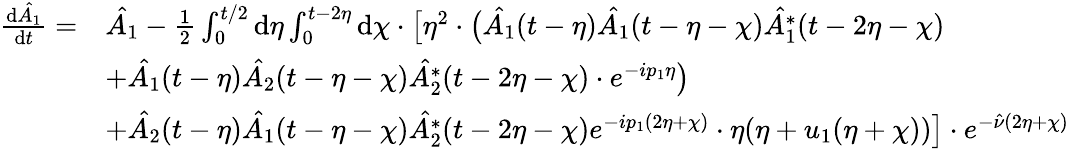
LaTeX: \begin{array}{rl}{\frac{\mathrm{d}\hat{A_{1}}}{\mathrm{d}t}=}&{\hat{A_{1}}-\frac{1}{2}\int_{0}^{t/2}\mathrm{d}\eta\int_{0}^{t-2\eta}\mathrm{d}\chi\cdot\bigl[\eta^{2}\cdot\bigl(\hat{A_{1}}(t-\eta)\hat{A_{1}}(t-\eta-\chi)\hat{A_{1}^{*}}(t-2\eta-\chi)}\\ &{+\hat{A_{1}}(t-\eta)\hat{A_{2}}(t-\eta-\chi)\hat{A_{2}^{*}}(t-2\eta-\chi)\cdot e^{-ip_{1}\eta}\bigr)}\\ &{+\hat{A_{2}}(t-\eta)\hat{A_{1}}(t-\eta-\chi)\hat{A_{2}^{*}}(t-2\eta-\chi)e^{-ip_{1}(2\eta+\chi)}\cdot\eta(\eta+u_{1}(\eta+\chi))\bigr]\cdot e^{-\hat{\nu}(2\eta+\chi)}}\end{array}